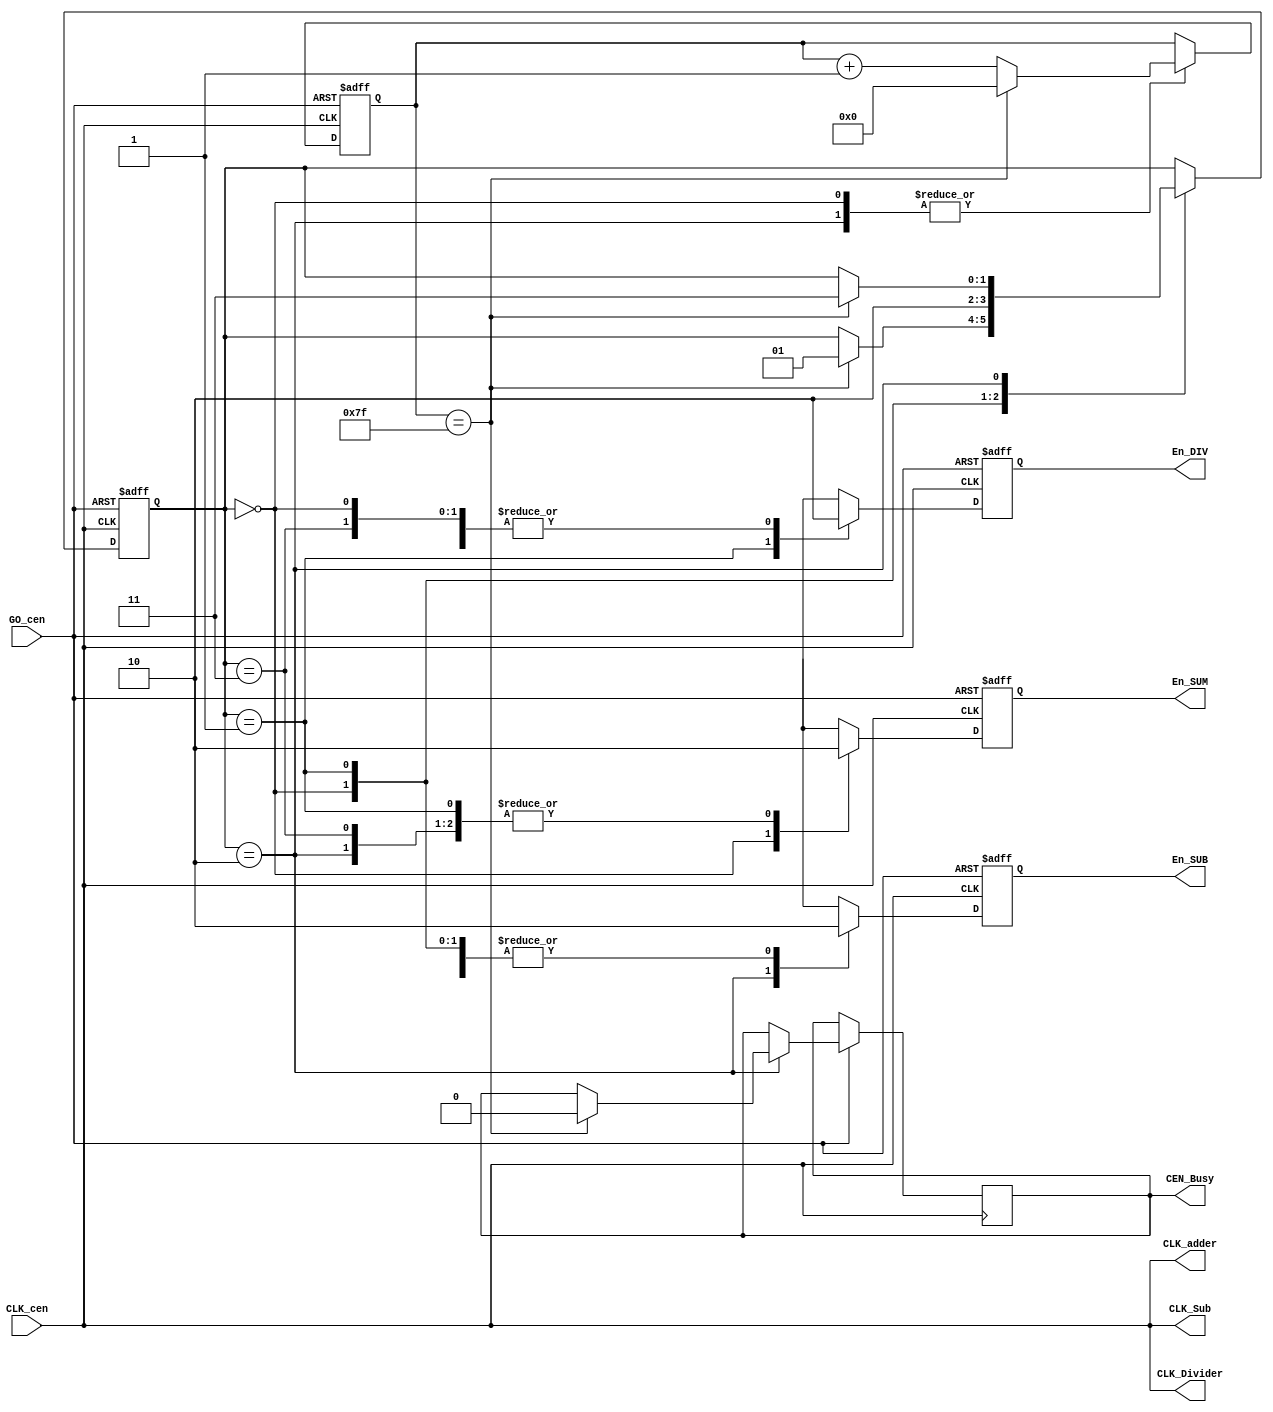
module CenteringController(
	input wire GO_cen,
	input wire CLK_cen,
	output reg CEN_Busy,
	output reg En_SUM,
	output reg En_DIV,
	output reg En_SUB,
	output wire CLK_adder,
	output wire CLK_Divider,
	output wire CLK_Sub
);

assign CLK_adder = CLK_cen ; //    .
assign CLK_Divider = CLK_cen;
assign CLK_Sub = CLK_cen ; //  

parameter S0 =0 ,  S1=1 ,  S2=2 , S3=3;
reg [1:0] state;
reg [6:0] cnt;

always @(posedge CLK_cen or negedge GO_cen) 
begin
	if(!GO_cen) begin
		state <= S0;
		cnt<=0;
		En_SUM<=0;
		En_DIV<=0;
		En_SUB<=0;
	end
	else begin
		case(state)
			S0://ADD and SUB store signals
				begin
					En_SUM<=1;
					En_DIV<=0;
					En_SUB<=0;
					//En_SUM     1  
					if(cnt==127) begin
						state<=S1;
						cnt<=0;
					end
					else begin
						cnt<=cnt+1;
					end
				end
			S1:	//DIV
				begin
					En_SUM<=0;
					En_DIV<=1;
					En_SUB<=0;
					state<=S2;
				end
			S2:	//SUB
				begin
					En_SUM<=0;
					En_DIV<=0;
					En_SUB<=1;
					if(cnt == 127) begin
						cnt<=0;
						state<=S3;
						CEN_Busy<=0;
						//CEN_Busy<=1?? SUB? ??? RAM??? ???????.
					end
					else begin
						cnt<=cnt+1;
					end
				end
			S3 : 
				begin
					En_SUM<=0;
					En_DIV<=0;
					En_SUB<=0;
				end
		endcase
	end
end
endmodule